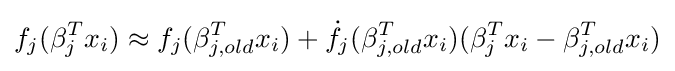
f_{j}(\beta _{j}^{T}x_{i})\approx f_{j}(\beta _{j,old}^{T}x_{i})+{\dot {f_{j}}}(\beta _{j,old}^{T}x_{i})(\beta _{j}^{T}x_{i}-\beta _{j,old}^{T}x_{i})